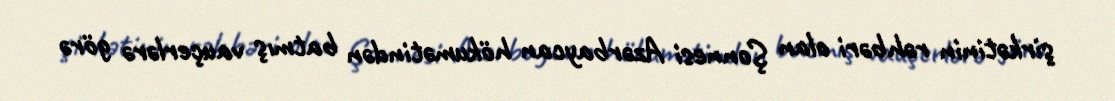
şirkətinin rəhbəri olan Şonnesi Azərbaycan hökumətindən batmış vauçerlərə görə